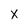
Character: X